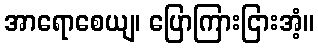
အာရောစေယျ၊ ပြောကြားငြားအံ့။